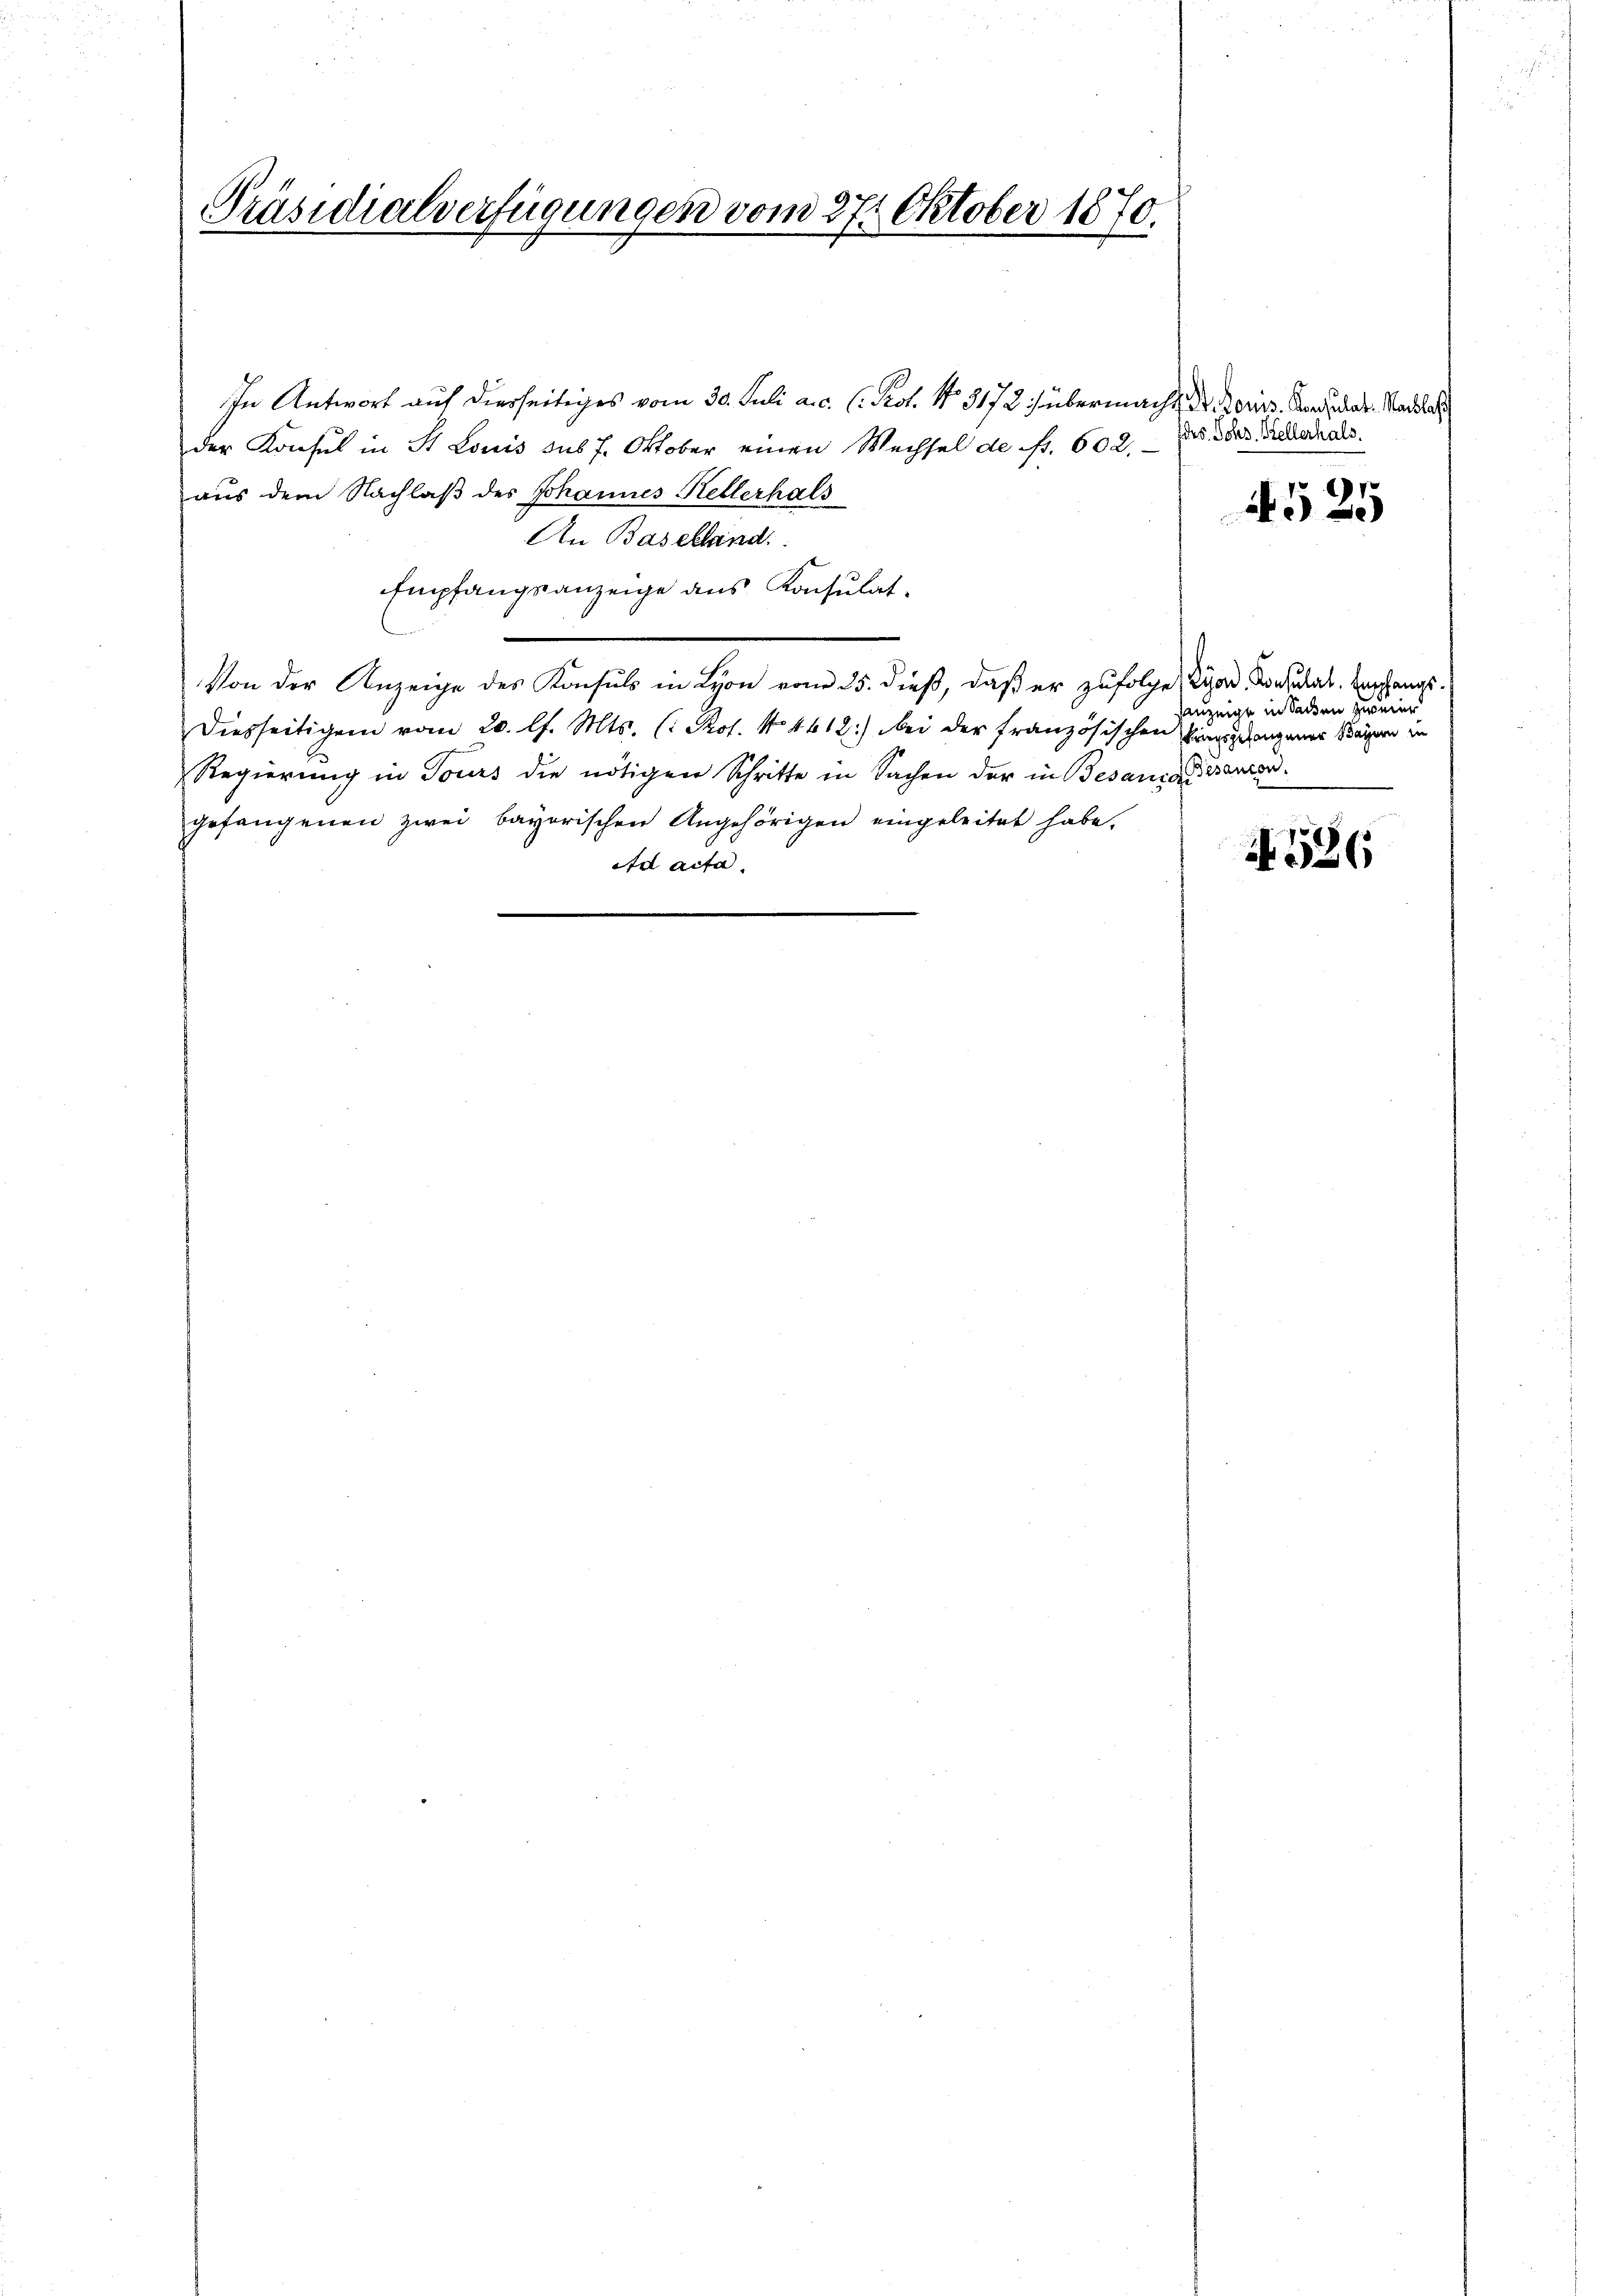
Präsidialverfügungen vom 27. Oktober 1870.
e
.

In Antwort auf diesseitiges vom 30. Juli a. c. l. Prot. No. 3172) übermacht, der Doris. Kandider-Stadle
der Konsul in St. Louis sub 7. Oktober einen Wechsel de Nr. 602.
aus dem Nachlaß des Johannes Hellerhals
An Baselland.
Empfangsanzeige aus Konsulat,
Von der Anzeige des Konsuls in Lyon vom 25. dieß, daß er zufolge Kard, Consulat. Empfangs¬
Diesseitigem vom 20. l. Mts. (: Prot. No. 4412) bei der französischen Vergangener Bauern in
Regierung in Tours die nötigen Schritte in Sachen der in Besanze sancorgefangenen zwei bayerischen Angehörigen eingeleitet habe.
Ad acta.

fdes. Johs. Hellerhals.

4.525

sanzeige in Sachen zweier

526